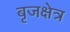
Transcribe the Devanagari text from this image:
बृजक्षेत्र